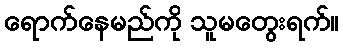
ရောက်နေမည်ကို သူမတွေးရက်။